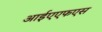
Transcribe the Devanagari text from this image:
आईएएफएस